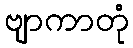
ဗျာကာတုံ